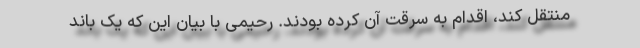
منتقل کند، اقدام به سرقت آن کرده بودند. رحیمی با بیان این که یک باند